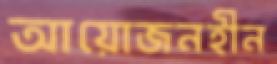
আয়োজনহীন